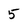
Character: 5